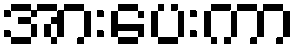
အားပေးကာ